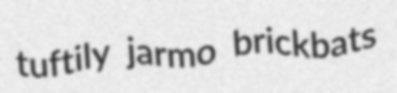
tuftily jarmo brickbats